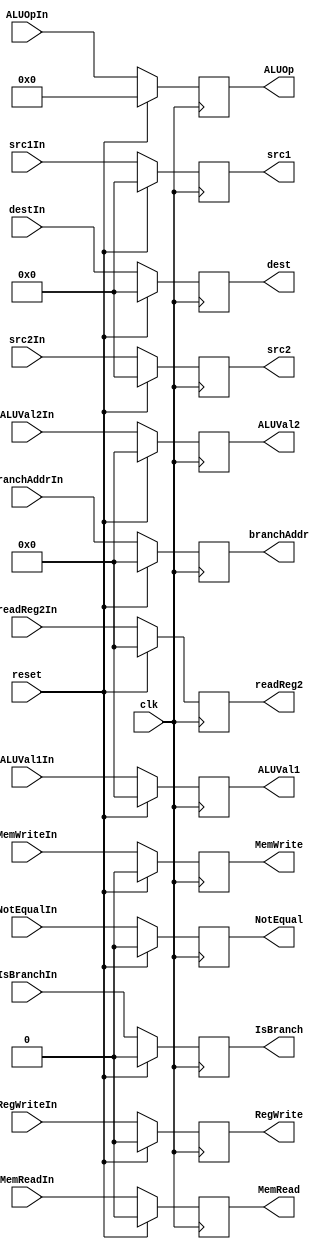
//===========================================//
// Registrador de Pipeline - ID/EX - "shall" //
//===========================================//

module rIDEX(
	input wire        clk,
	input wire        reset,

	input wire        RegWriteIn,             //Control - WB
    input wire        MemReadIn, MemWriteIn,  //Control - MEM
    input wire  [3:0] ALUOpIn,                //Control - EX
    input wire        NotEqualIn, IsBranchIn, //Control - EX
	input wire [31:0] ALUVal1In, ALUVal2In,
    input wire [31:0] readReg2In,
    input wire [31:0] branchAddrIn,
    input wire  [4:0] src1In, src2In, destIn,

    output reg        RegWrite,           //Control - WB
    output reg        MemRead, MemWrite,  //Control - MEM
    output reg  [3:0] ALUOp,              //Control - EX
    output reg        NotEqual, IsBranch, //Control - EX
	output reg [31:0] ALUVal1, ALUVal2,
    output reg [31:0] readReg2,
    output reg [31:0] branchAddr,
    output reg  [4:0] src1, src2, dest
);

    always @ (negedge clk) begin
        if (reset) begin
            { RegWrite, MemRead, MemWrite, ALUOp, NotEqual, IsBranch, ALUVal1, ALUVal2, readReg2, branchAddr, src1, src2, dest } <= 0;
        end else begin
            RegWrite    <= RegWriteIn;
            MemRead     <= MemReadIn;
            MemWrite    <= MemWriteIn;
            ALUOp       <= ALUOpIn;
            NotEqual    <= NotEqualIn;
            IsBranch    <= IsBranchIn;
            ALUVal1     <= ALUVal1In;
            ALUVal2     <= ALUVal2In;
            readReg2    <= readReg2In;
            branchAddr  <= branchAddrIn;
            src1        <= src1In;
            src2        <= src2In;
            dest        <= destIn;
        end
    end

endmodule